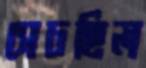
সেচছিল